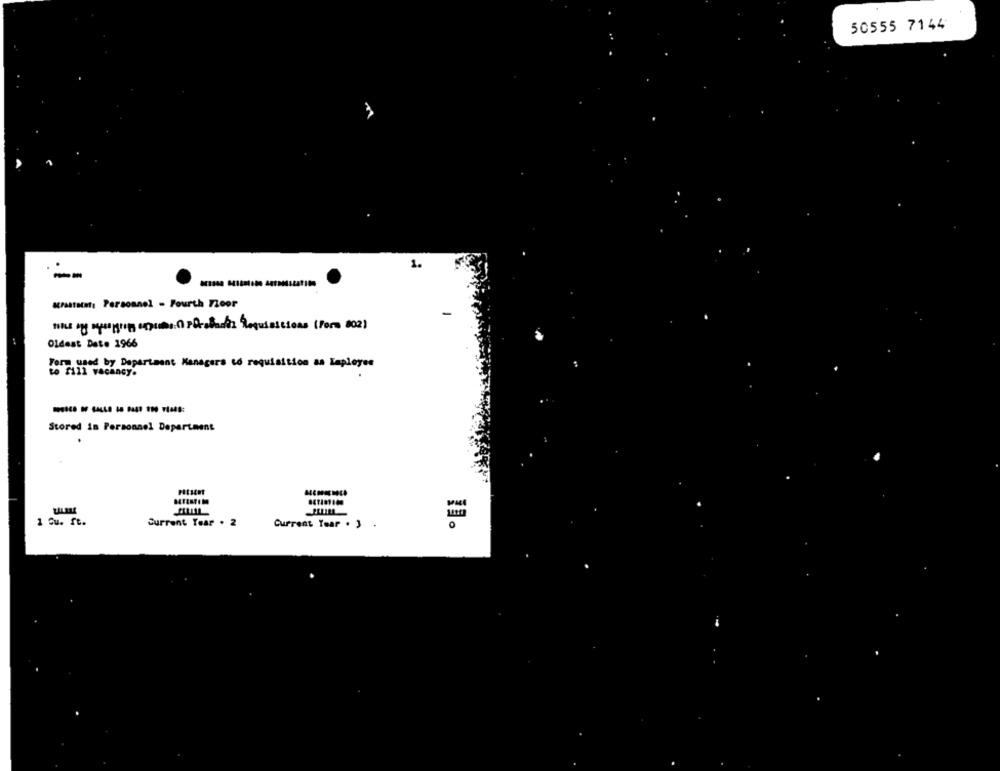
50555 7144
1.
--
Kraatstat: Personnel - Fourth Floor
the of symphon spuiten Forahacer Requisitions (Form 802)
Oldest Date 1966
Tera, used by Department Managera tó requisition as Laployee
Stored in Personnel Department
1 Cu. ft.
Current Year . 2
Current Tear . 3 .